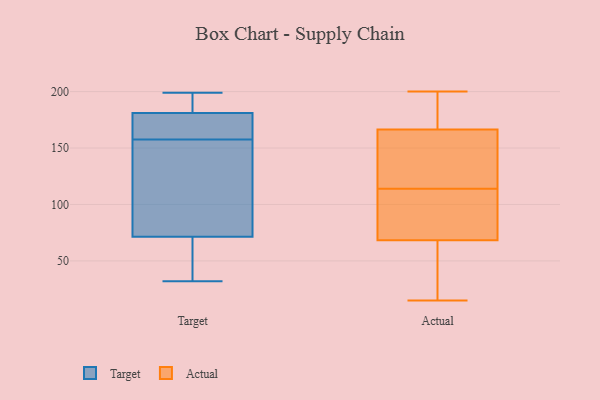
{"axis": {"x": "LTV (USD)", "y": "Value"}, "legend": ["Actual", "Target"], "data": [{"x": "", "y": 185, "type": "Target"}, {"x": "", "y": 53, "type": "Target"}, {"x": "", "y": 182, "type": "Target"}, {"x": "", "y": 44, "type": "Target"}, {"x": "", "y": 184, "type": "Target"}, {"x": "", "y": 131, "type": "Target"}, {"x": "", "y": 89, "type": "Target"}, {"x": "", "y": 164, "type": "Target"}, {"x": "", "y": 114, "type": "Target"}, {"x": "", "y": 196, "type": "Target"}, {"x": "", "y": 54, "type": "Target"}, {"x": "", "y": 157, "type": "Target"}, {"x": "", "y": 180, "type": "Target"}, {"x": "", "y": 177, "type": "Target"}, {"x": "", "y": 199, "type": "Target"}, {"x": "", "y": 70, "type": "Target"}, {"x": "", "y": 73, "type": "Target"}, {"x": "", "y": 158, "type": "Target"}, {"x": "", "y": 179, "type": "Target"}, {"x": "", "y": 32, "type": "Target"}, {"x": "", "y": 15, "type": "Actual"}, {"x": "", "y": 113, "type": "Actual"}, {"x": "", "y": 144, "type": "Actual"}, {"x": "", "y": 39, "type": "Actual"}, {"x": "", "y": 25, "type": "Actual"}, {"x": "", "y": 195, "type": "Actual"}, {"x": "", "y": 67, "type": "Actual"}, {"x": "", "y": 142, "type": "Actual"}, {"x": "", "y": 94, "type": "Actual"}, {"x": "", "y": 20, "type": "Actual"}, {"x": "", "y": 114, "type": "Actual"}, {"x": "", "y": 200, "type": "Actual"}, {"x": "", "y": 156, "type": "Actual"}, {"x": "", "y": 177, "type": "Actual"}, {"x": "", "y": 196, "type": "Actual"}, {"x": "", "y": 145, "type": "Actual"}, {"x": "", "y": 170, "type": "Actual"}, {"x": "", "y": 112, "type": "Actual"}, {"x": "", "y": 72, "type": "Actual"}]}